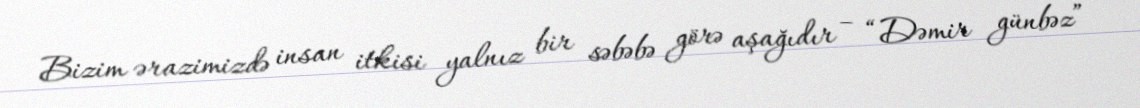
Bizim ərazimizdə insan itkisi yalnız bir səbəbə görə aşağıdır – “Dəmir günbəz”